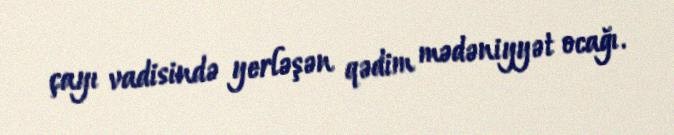
çayı vadisində yerləşən qədim mədəniyyət ocağı.